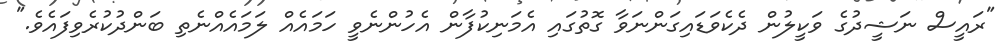
"ރައީސް ނަޝީދުގެ ވަކީލުން ދެކެވަޑައިގަންނަވާ ގޮތުގައި އެމަނިކުފާން އެހުންނެވީ ހަމައެއް ލަމައެއްނެތި ބަންދުކުރެވިފައެވެ."